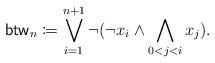
LaTeX: \begin{align*}\mathsf{btw}_n \coloneqq \bigvee_{i = 1}^{n+1} \lnot (\lnot x_i \land \bigwedge_{0 <j< i}x_j).\end{align*}